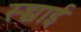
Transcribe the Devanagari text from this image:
स्च्चाई